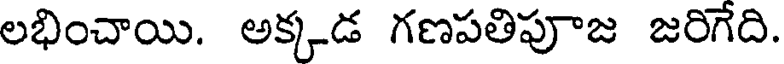
లభించాయి. అక్కడ గణపతిపూజ జరిగేది.